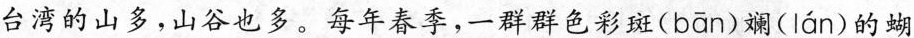
台湾的山多，山谷也多。每年春季，一群群色彩斑(bān)斓( lán )的蝴